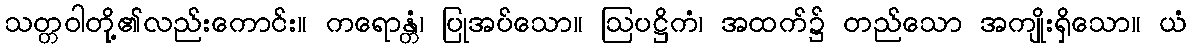
သတ္တဝါတို့၏လည်းကောင်း။ ကရောန္တံ၊ ပြုအပ်သော။ ဩပဋ္ဌိကံ၊ အထက်၌ တည်သော အကျိုးရှိသော။ ယံ